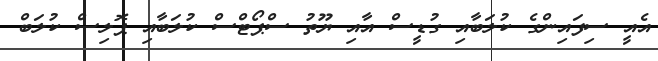
އެއީ ސިފައިންގެ ކުލަބާއި ގުޑީސް އާއި ޔޫތު ސްޕޯޓްސް ކުލަބާއި ޕޮލިސް ކުލަބް